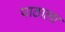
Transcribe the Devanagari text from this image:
पाठाला